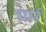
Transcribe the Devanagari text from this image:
घर्म